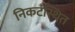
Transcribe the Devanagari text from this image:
निकटस्थित